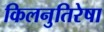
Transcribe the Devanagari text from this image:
किलनुतिरेषा